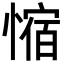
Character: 𫺿